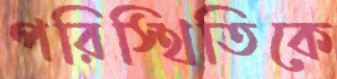
পরিস্থিতিকে